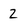
Character: 2